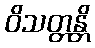
ဝိသတ္တန္တိ